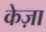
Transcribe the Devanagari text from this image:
केज़ा